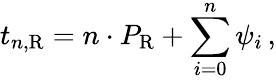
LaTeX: t_{n,\mathrm R}=n\cdot P_{\mathrm R}+\sum_{i=0}^{n}\psi_{i}\, ,